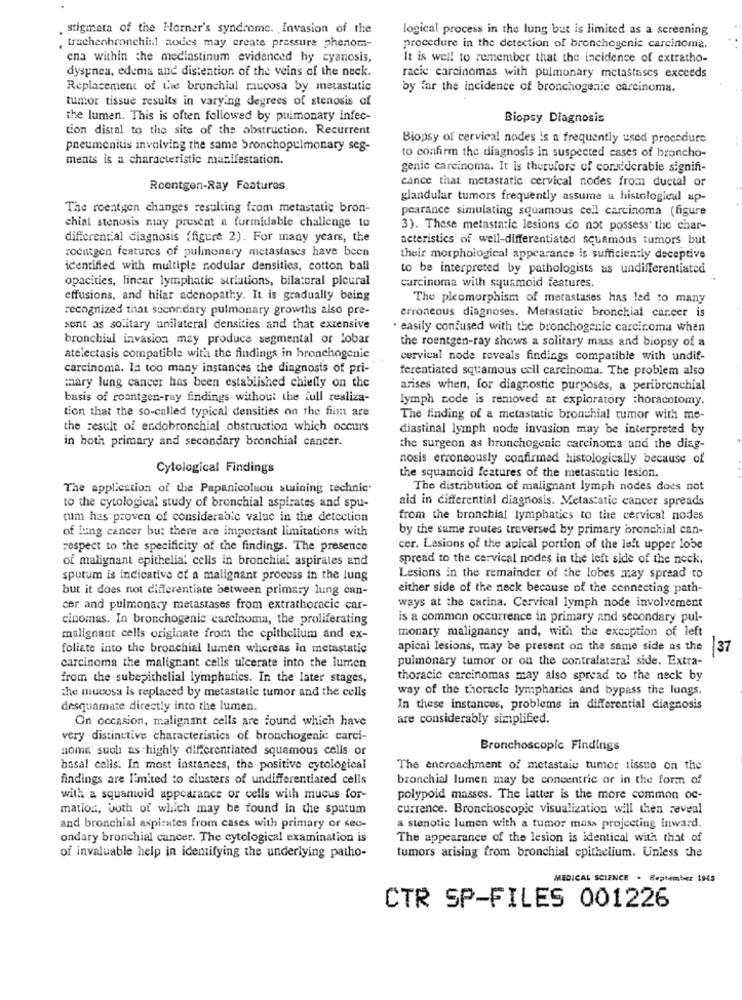
. stigmata of the Horner's syndrome. Invasion of the
logical process in the lung but is limited as a screening
, tracheobronchial aodes may create pressure phenom-
procedure in the detection of bronchegenic carcinoma,
ena within the mediastinum evidenced hy cyanosis,
It is well to remember that the incidence of extratho-
dyspnea, edema and distention of the veins of the neck.
racie carcinomas with pulmonary metastases execeds
Replacement of the bronchial mucosa by metastatic
by far the incidence of bronchogenic carcinoma.
tumor tissue results in varying degrees of stenosis of
the lumen. This is often followed by pulmonary infec-
Biopsy Diagnosis
tion distal to the site of the obstruction. Recurrent
Biopsy of cervical nodes is a frequently used procedure
pneumonitis involving the same bronchopulmonary seg-
ments is a characteristic manifestation.
to confirm the diagnosis in suspected cases of broncho-
genic carcinoma. It is therefore of considerable signifi-
cance that metastatic cervical nodes from ductal or
Roentgen-Ray Features
glandular tumors frequently assume a histological ap-
The roentgen changes resulting from metastatic bron-
pearance simulating squamous cell carcinoma (figure
chial stenosis may present a formidable challenge to
3). These metastatic lesions do not possess" the char-
differential diagnosis (figure 2). For many years, the
acteristics of well-differentiated squamous tumors but
roentgen features of pulmonary metastases have been
their morphological appearance is sufficiently deceptive
identified with multiple nodular densities, cotton ball
to be interpreted by pathologists as undifferentiated
opacities, linear lymphatic striations, bilateral picural
carcinoma with squamoid features.
effusions, and hilar adenopathy. It is gradually being
The pleomorphism of metastases has led to many
recognized that secondary pulmonary growths also pre-
erroneous diagnoses. Metastatic bronchial carcer is
sent as solitary unilateral densities and that extensive
· easily confused with the bronchogenic carcinoma when
bronchial invasion may produce segmental or lobar
the roentgen-ray shows a solitary mass and biopsy of a
atelectasis compatible with the findings in bronchogenie
cervical node reveals findings compatible with undif-
carcinoma. la too many instances the diagnosis of pri-
ferentiated squamous cell carcinoma. The problem also
mary lung cancer has been established chiefly on the
arises when, for diagnostic purposes, a peribronchial
basis of roentgen-ray findings without the full realiza-
lymph node is removed at exploratory thoracotomy.
tion that the so-called typical densities on the film are
The finding of a metastatic bronchial tumor with me-
the result of endobronchial obstruction which occurs
diastinal lymph node invasion may be interpreted by
in both primary and secondary bronchial cancer.
the surgeon as bronchogenic carcinoma and the diag-
nosis erroneously confirmed histologically because of
Cytological Findings
the squamoid features of the metastatic lesion.
The application of the Papanicolaou staining technic.
The distribution of malignant lymph nodes does not
aid in differential diagnosis. Metastatic cancer spreads
to the cytological study of bronchial aspirates and spu-
tum has proven of considerabic value in the detection
from the bronchial lymphatics to the cervical nodes
of lung cancer but there are important limitations with
by the same routes traversed by primary bronchial can-
respect to the specificity of the findings. The presence
cer. Lesions of the apical portion of the left upper lobe
of malignant epithelial cells in bronchial aspirates and
spread to the cervical nodes in the left side of the neck.
sputum is indicativo of a malignant process in the lung
Lesions in the remainder of the lobes may spread to
but it does not differentiate between primary lung can-
either side of the neck because of the connecting path-
cer and pulmonary metastases from extrathoracic car-
ways at the carina. Cervical lymph node involvement
cinomas. In bronchogenic carcinoma, the proliferating
is a common occurrence in primary and secondary pul-
monary malignancy and, with the exception of left
malignant cells originate from the epithelium and ex-
foliate into the bronchial lumen whereas in metastatic
apieni lesions, may be present on the same side as the
37
pulmonary tumor or on the contralateral side. Extra-
carcinoma the malignant cells ulcerate into the lumen
from the subepithelial lymphatics. In the later stages,
thoracic carcinomas may also spread to the neck by
the mucosa is replaced by metastatic tumor and the cells
way of the thoracic lymphatics and bypass the lungs.
desquamate directly into the lumen.
In these instances, problems in differential diagnosis
On occasion, malignant cells are found which have
are considerably simplified.
very distinctive characteristics of bronchogenic carci-
aome such as highly differentiated squamous cells or
Bronchoscopic Findings
basal cells. In most instaness, the positive cytological
The encroachment of metastaie tumor tissue on the
findings are limited to clusters of undifferentiated cells
bronchial lumen may be concentric or in the form of
with & squamoid appearance or cells with mucus for-
polypoid masses. The latter is the more common oc-
mation, both of which may be found in the spatum
currence. Bronchoscopic visualization will then reveal
and bronchial aspirates from cases with primary or sec-
a stenotie lumen with a tumor mass projecting inward.
ondary bronchial cancer. The cytological examination is
The appearance of the lesion is identical with that of
tumors arising from bronchial epithelium. Unless the
of invaluable help in identifying the underlying patho-
MEDICAL SCIENCE . September 1945
CTR SP-FILES 001226